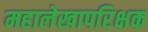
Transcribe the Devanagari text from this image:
महालेखापरिक्षक